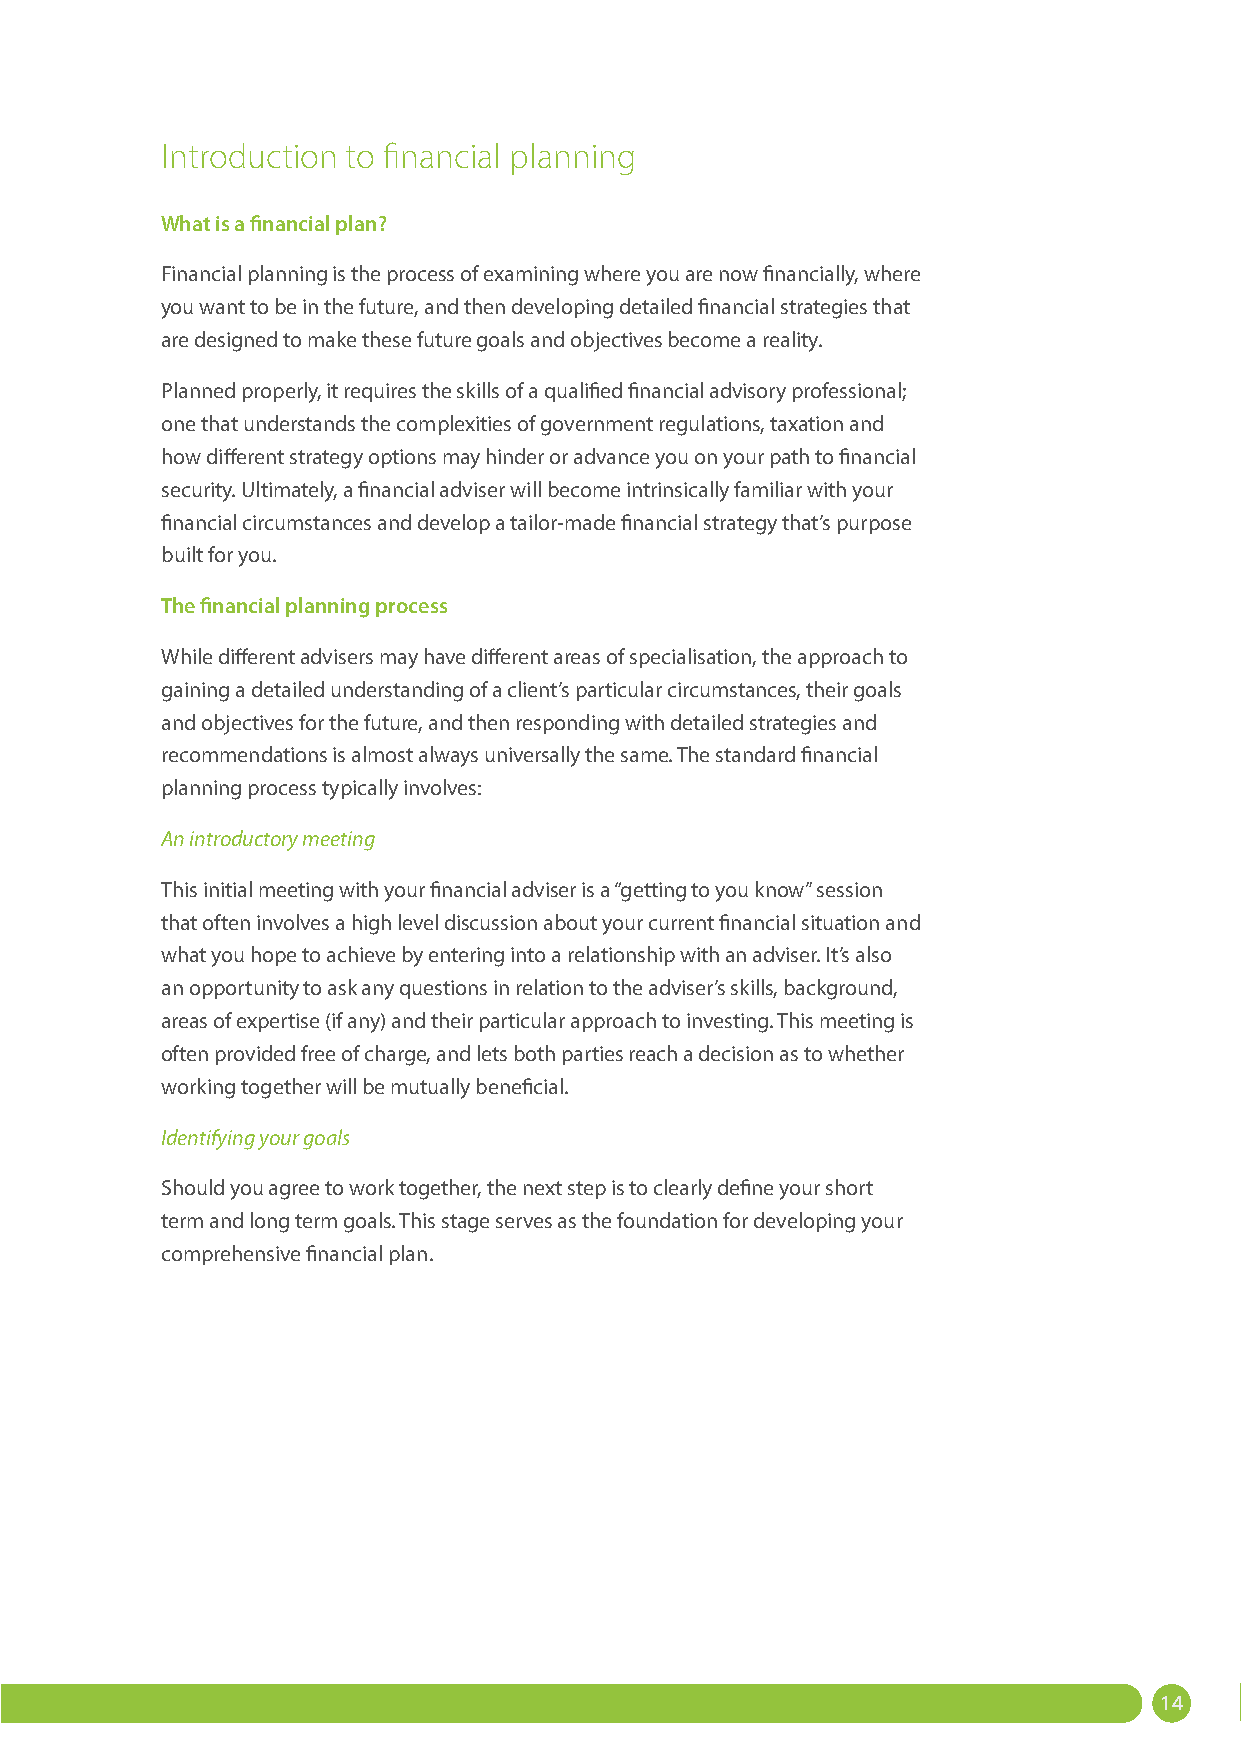
Introduction to financial planning
 What is a financial plan?
 Financial planning is the process of examining where you are now financially, where
 you want to be in the future, and then developing detailed financial strategies that
 are designed to make these future goals and objectives become a reality.
 Planned properly, it requires the skills of a qualified financial advisory professional;
 one that understands the complexities of government regulations, taxation and
 how different strategy options may hinder or advance you on your path to financial
 security. Ultimately, a financial adviser will become intrinsically familiar with your
 financial circumstances and develop a tailor-made financial strategy that’s purpose
 built for you.
 The financial planning process
 While different advisers may have different areas of specialisation, the approach to
 gaining a detailed understanding of a client’s particular circumstances, their goals
 and objectives for the future, and then responding with detailed strategies and
 recommendations is almost always universally the same. The standard financial
 planning process typically involves:
 An introductory meeting
 This initial meeting with your financial adviser is a “getting to you know” session
 that often involves a high level discussion about your current financial situation and
 what you hope to achieve by entering into a relationship with an adviser. It’s also
 an opportunity to ask any questions in relation to the adviser’s skills, background,
 areas of expertise (if any) and their particular approach to investing. This meeting is
 often provided free of charge, and lets both parties reach a decision as to whether
 working together will be mutually beneficial.
 Identifying your goals
 Should you agree to work together, the next step is to clearly define your short
 term and long term goals. This stage serves as the foundation for developing your
 comprehensive financial plan.
 14